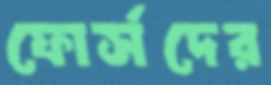
ফোর্সদের